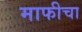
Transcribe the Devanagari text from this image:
माफीचा